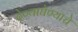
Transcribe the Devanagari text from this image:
देण्याघेण्याचे